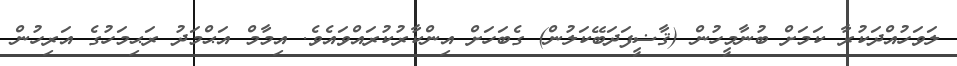
ލަވަހުއްދަކުރާ ކަމަށް ބުނާމީހުން (ޤާޟީފަދަބޭކަލުން) ގެބަހަށް އިންކާރުކުރައްވައެވެ. އިމާމް އަޙްމަދު ރަޙިމަހުގެ އަރިހުން